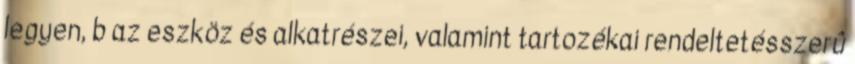
legyen, b az eszköz és alkatrészei, valamint tartozékai rendeltetésszerû